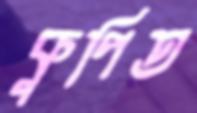
কুপিত